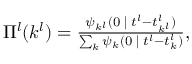
\begin{array} { r } { \Pi ^ { l } ( k ^ { l } ) = \frac { \psi _ { k ^ { l } } ( 0 \ensuremath { \; | \; } t ^ { l } - t _ { k ^ { l } } ^ { l } ) } { \sum _ { k } \psi _ { k } ( 0 \ensuremath { \; | \; } t ^ { l } - t _ { k } ^ { l } ) } , } \end{array}